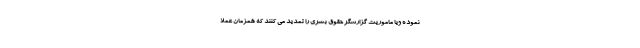
نموده ویا ماموریت گزارشگر حقوق بشری را تمدید می کنند که همزمان عملا